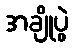
အချိုပွဲ